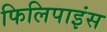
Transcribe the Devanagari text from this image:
फिलिपाइंस